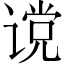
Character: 谠